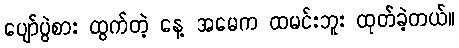
ပျော်ပွဲစား ထွက်တဲ့ နေ့ အမေက ထမင်းဘူး ထုတ်ခဲ့တယ်။